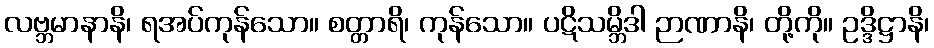
လဗ္ဘမာနာနိ၊ ရအပ်ကုန်သော။ စတ္တာရိ၊ ကုန်သော။ ပဋိသမ္ဘိဒါ ဉာဏာနိ၊ တို့ကို။ ဥဒ္ဒိဋ္ဌာနိ၊